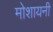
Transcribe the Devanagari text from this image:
मोशायनी